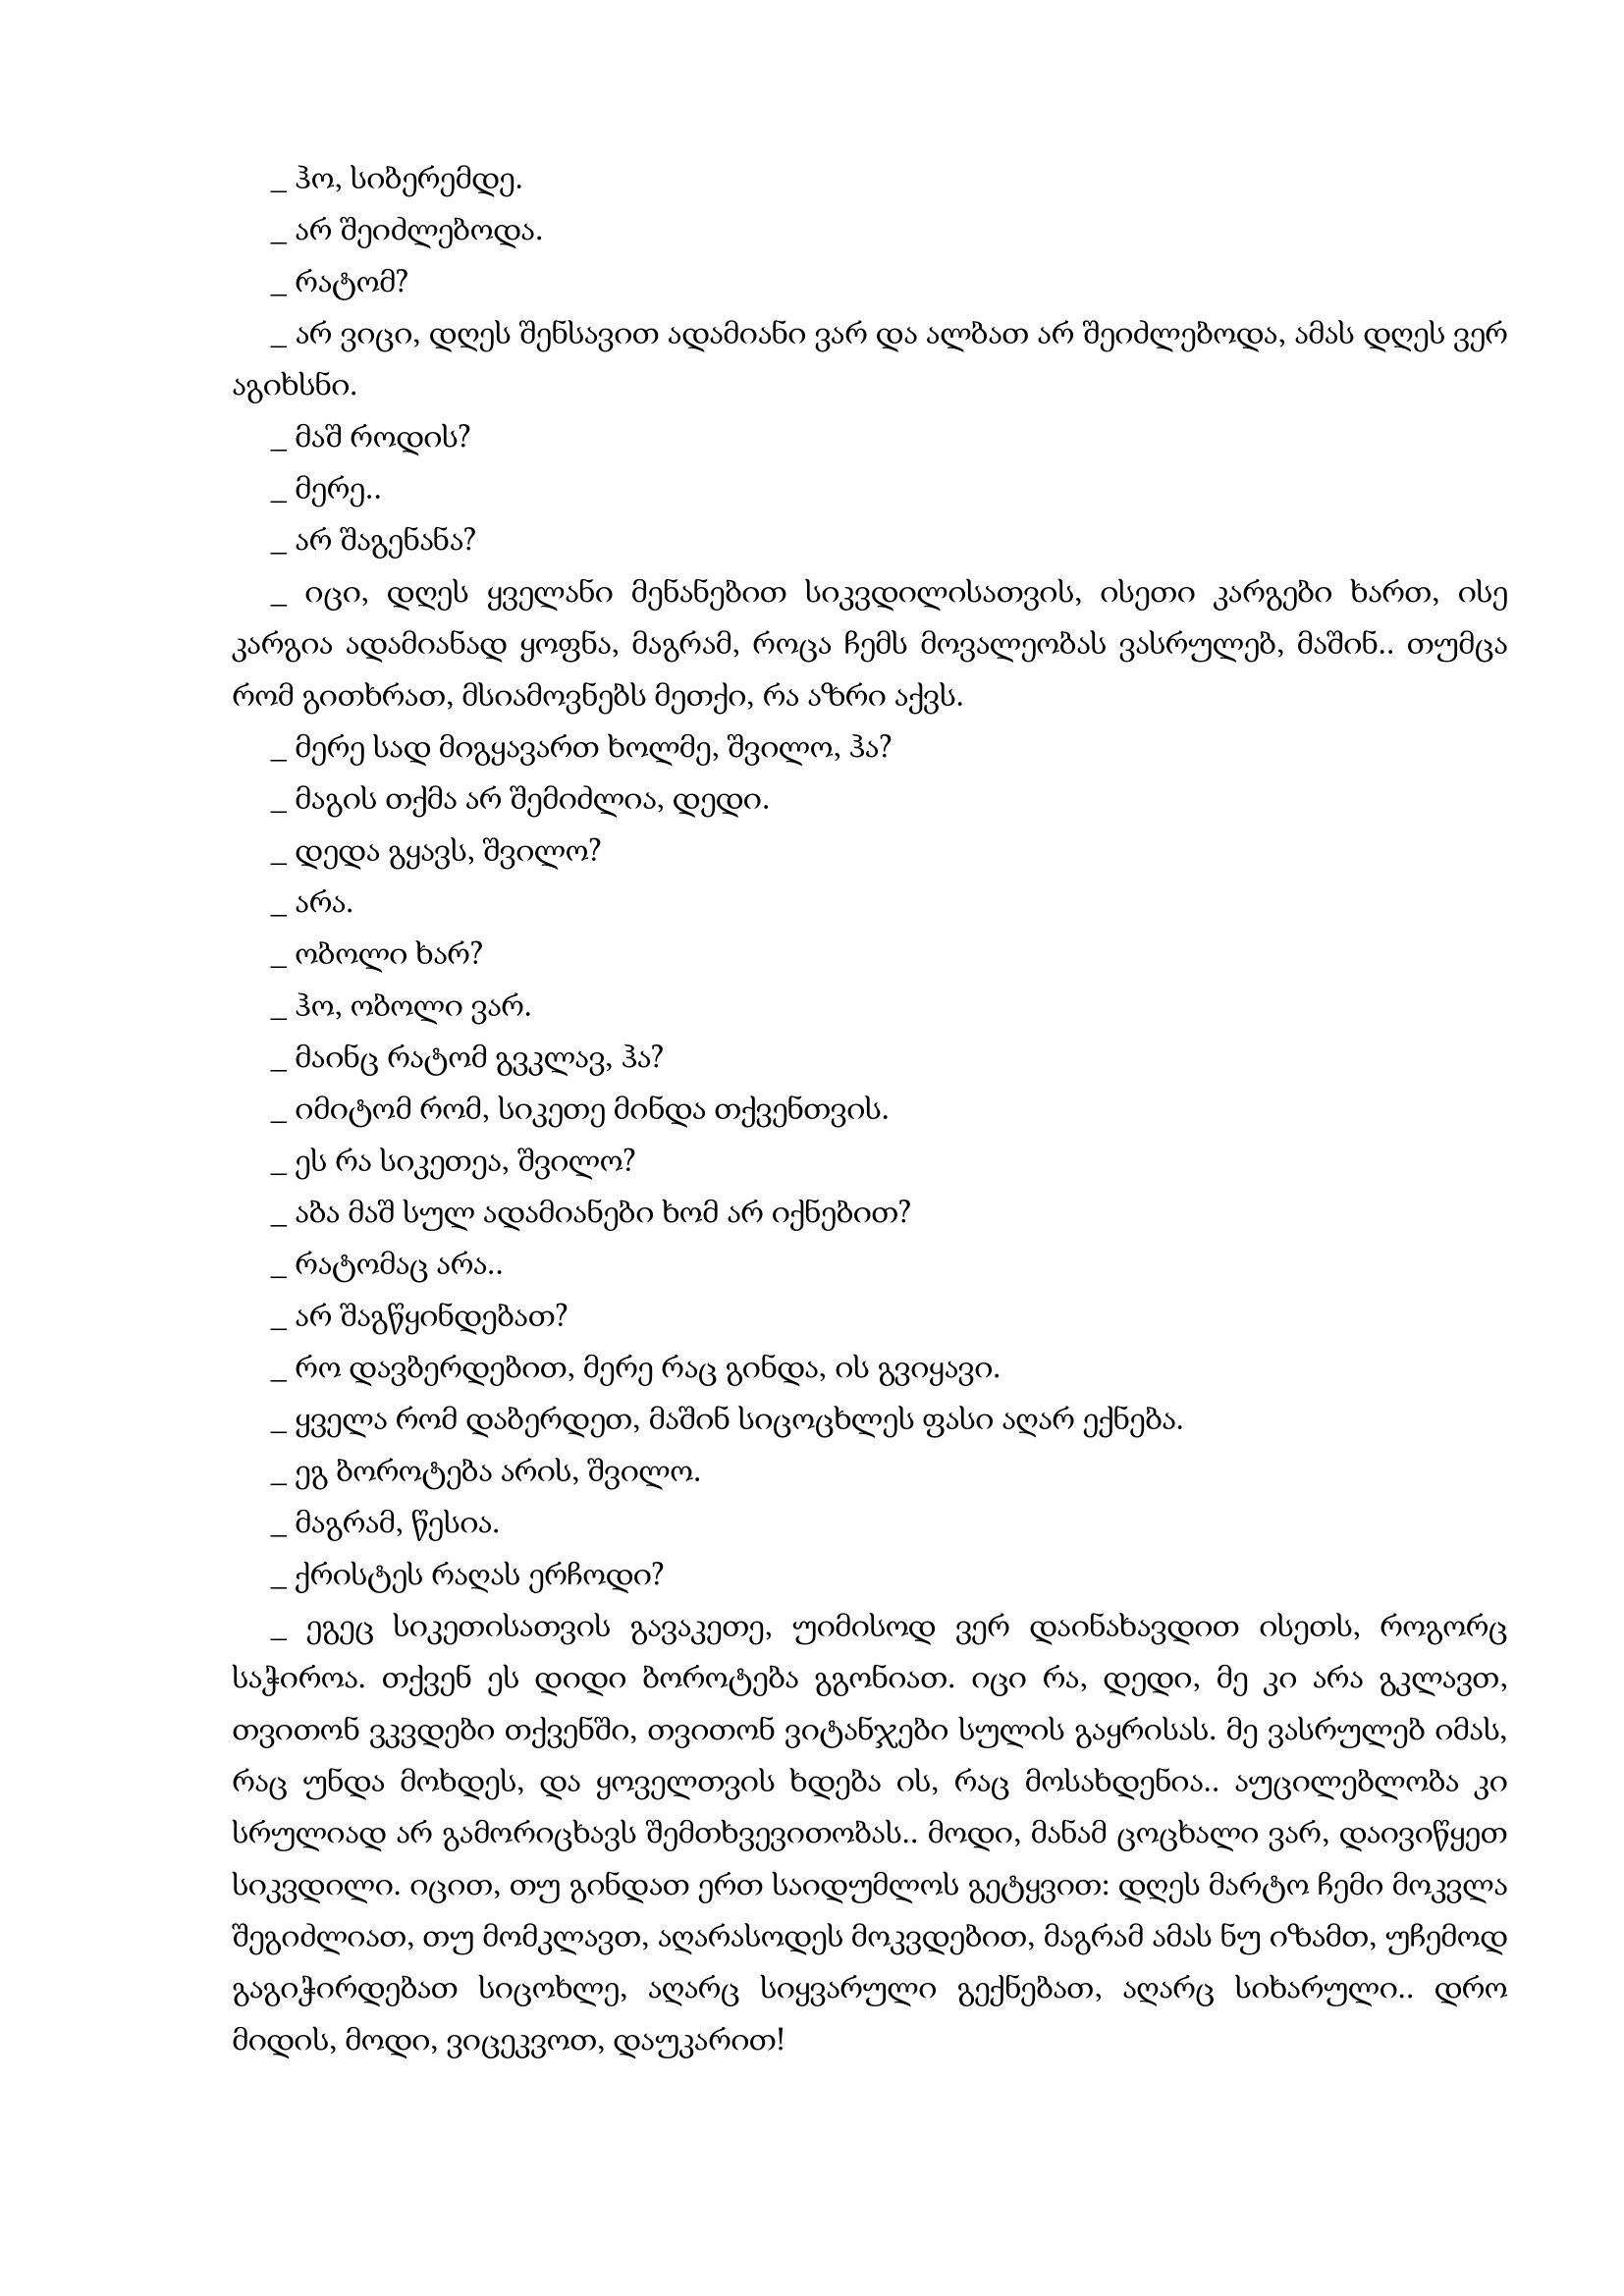
Language: gr